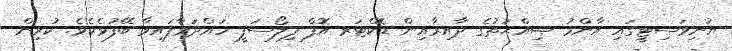
ޔުނިވަސިޓީގައި އާންމު ޞިއްޙަތުގެ ދާއިރާއިން ޑޮކްޓަރ އޮފް ފިލޯސަފީ ހައްދަވާފައިވާ ބޭފުޅެކެވެ. ކުރިން